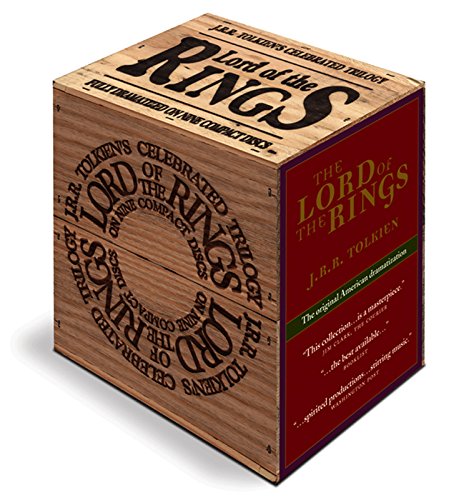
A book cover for The Lord of the Rings (Wood Box Edition); J.R.R. Tolkien; Humor & Entertainment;